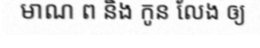
មាណ ព និង កូន លែង ឲ្យ